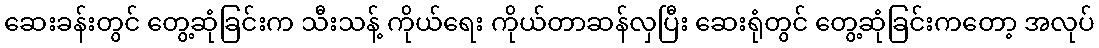
ဆေးခန်းတွင် တွေ့ဆုံခြင်းက သီးသန့် ကိုယ်ရေး ကိုယ်တာဆန်လှပြီး ဆေးရုံတွင် တွေ့ဆုံခြင်းကတော့ အလုပ်